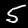
Label: 5